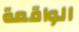
الواقعة